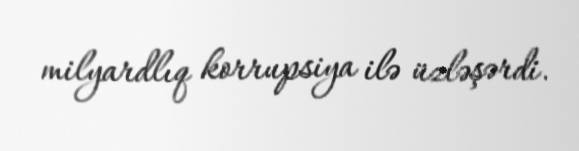
milyardlıq korrupsiya ilə üzləşərdi.